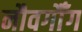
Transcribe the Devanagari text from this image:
नौवगौँग